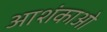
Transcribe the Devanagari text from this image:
आशंकाओ